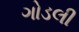
ગોડલી